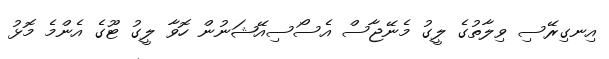
އިނގިރޭސި ވިލާތުގެ ލީގު މެނޭޖާސް އެސޯސިއޭޝަނުން ހޮވާ ލީގު ޓޫގެ އެންމެ މޮޅު